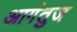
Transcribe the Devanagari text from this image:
आगंतुज